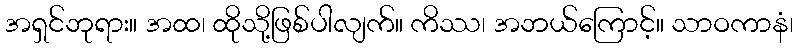
အရှင်ဘုရား။ အထ၊ ထိုသို့ဖြစ်ပါလျက်။ ကိဿ၊ အဘယ်ကြောင့်။ သာဝကာနံ၊